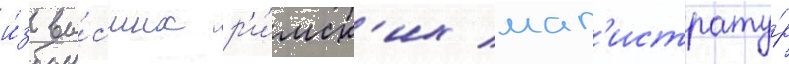
и́з вы́сших р'и́мск'их маг'истрату́р